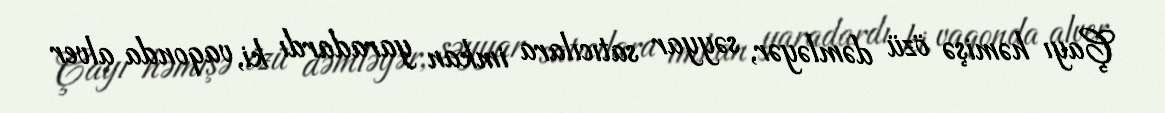
Çayı həmişə özü dəmləyər, səyyar satıcılara imkan yaradardı ki, vaqonda alver